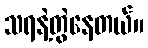
သရနဲ့တွဲနေတယ်။